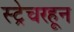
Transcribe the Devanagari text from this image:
स्ट्रेचरहून